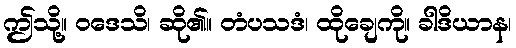
ဤသို့။ ဝဒေသိ၊ ဆို၏။ တံပသဒံ၊ ထိုချေကို။ ခါဒိယာန၊